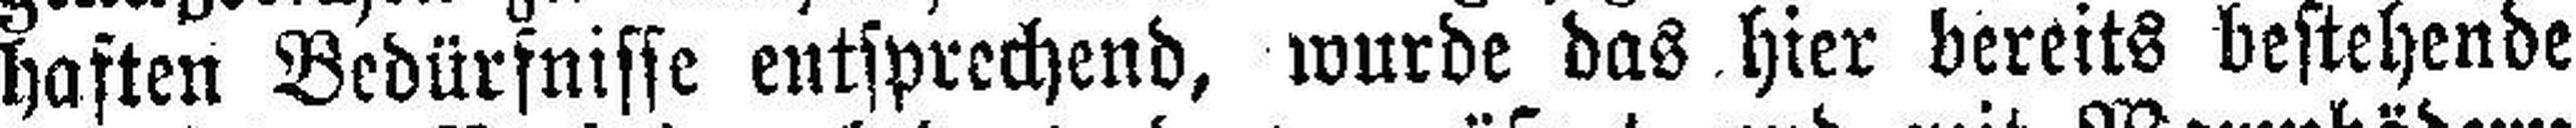
haften Bedürfnisse entsprechend, wurde das hier bereits bestehende